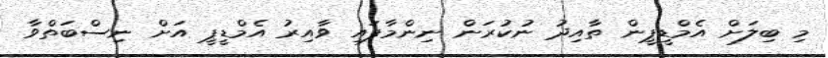
މި ބިލަށް އެމްޑީޕީން ތާއިދު ނުކުރަން ނިންމާފައި ވާއިރު އެމްޑީޕީ އަށް ނިސްބަތްވާ